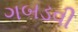
ગબડવી